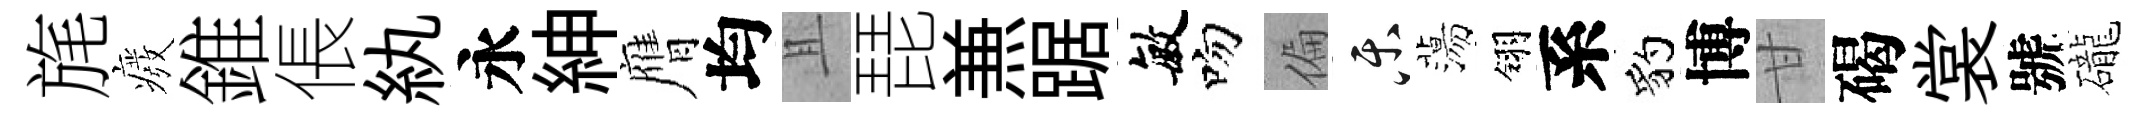
旄癈錐倀紈永紳膺均且琵𠔥踞敏吻偏乐蕩翎系豹博甘碣裳號礲